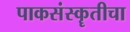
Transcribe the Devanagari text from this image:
पाकसंस्कॄतीचा